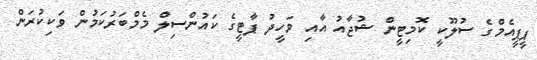
ޕީޕީއެމްގެ ސުލޫކީ ކޮމިޓީން ޝުޖާއު އާއި ވަހީދު ޕާޓީގެ ކައުންސިލް މެމްބަރުކަމުން ވަކިކުރަން